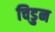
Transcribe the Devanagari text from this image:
चिडुन